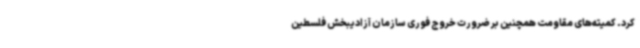
کرد. کمیته‌های مقاومت همچنین بر ضرورت خروج فوری سازمان آزادیبخش فلسطین